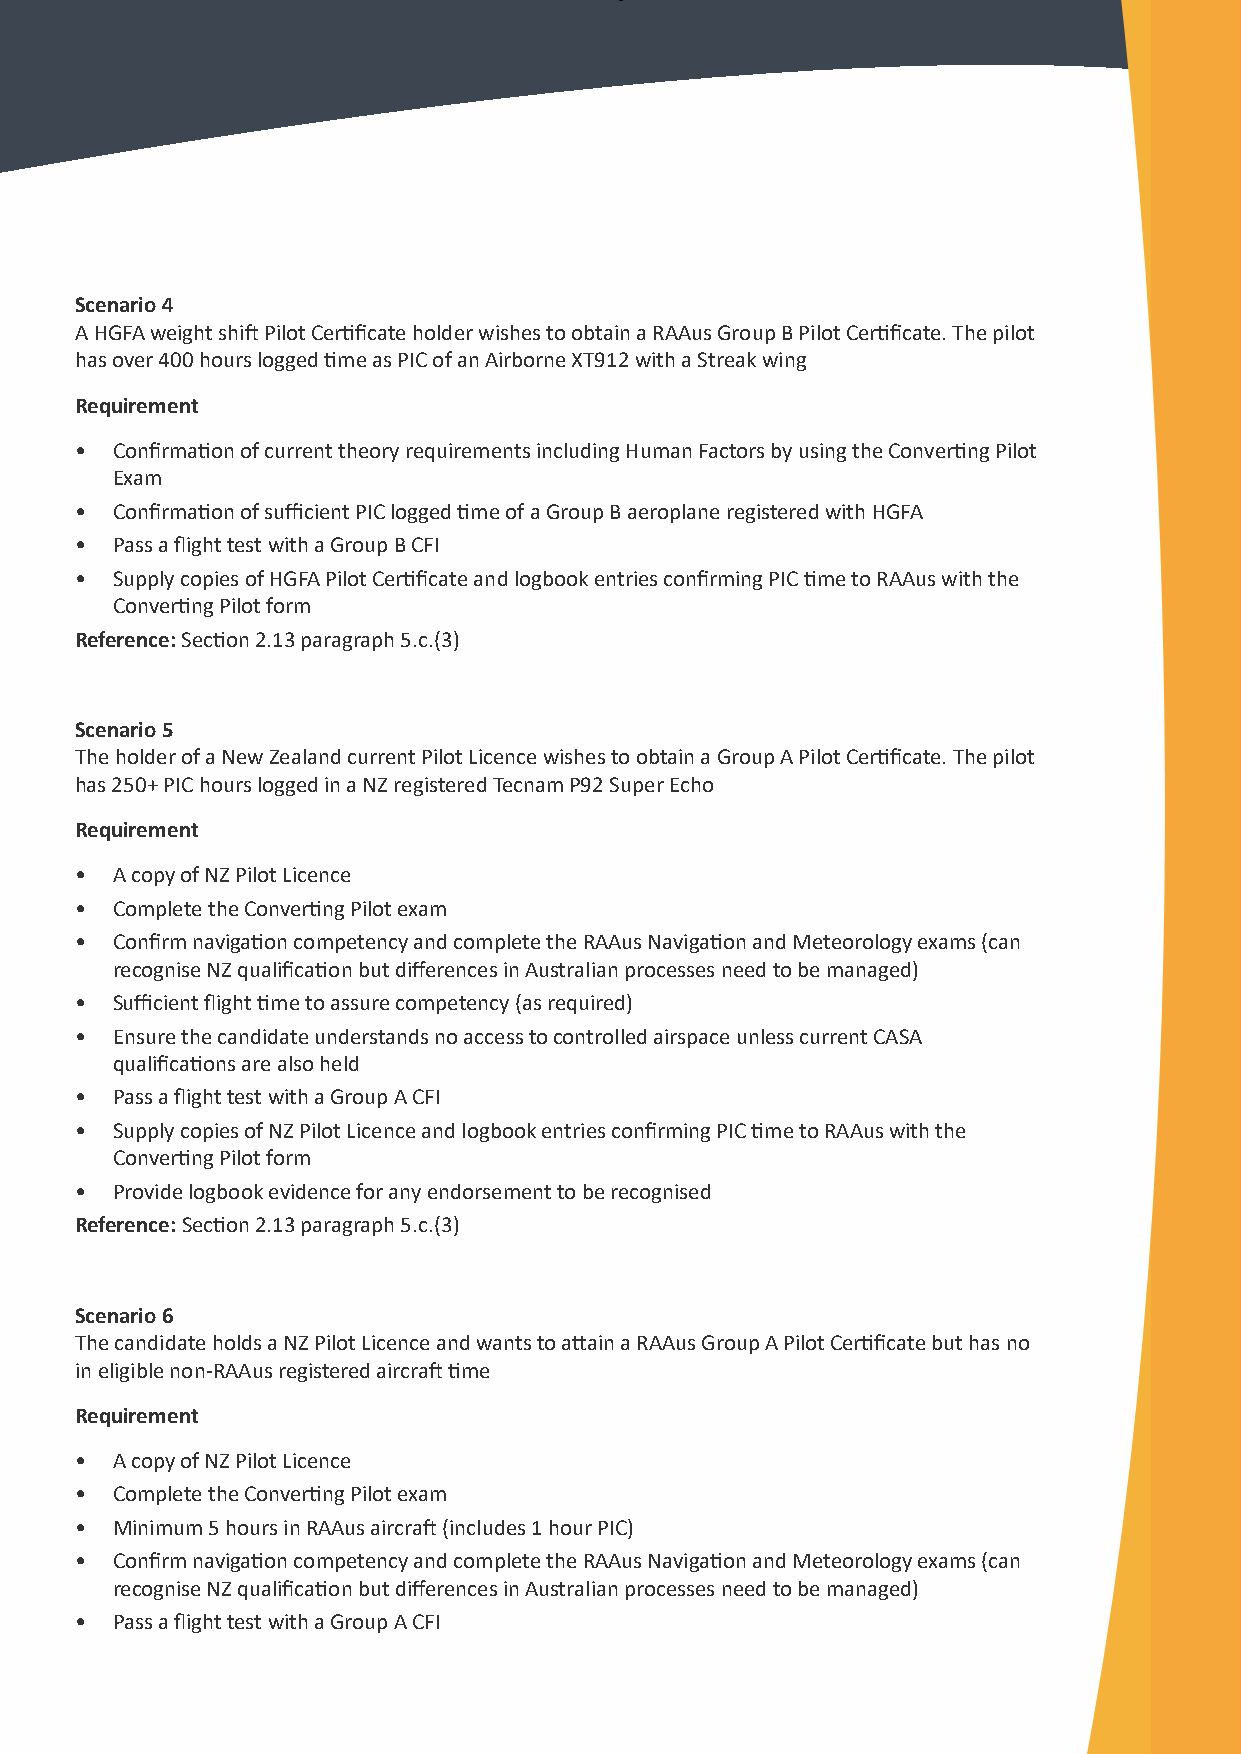
Scenario 4
 A HGFA weight shift Pilot Certificate holder wishes to obtain a RAAus Group B Pilot Certificate. The pilot
 has over 400 hours logged time as PIC of an Airborne XT912 with a Streak wing
 Requirement
 • Confirmation of current theory requirements including Human Factors by using the Converting Pilot
 Exam
 • Confirmation of sufficient PIC logged time of a Group B aeroplane registered with HGFA
 • Pass a flight test with a Group B CFI
 • Supply copies of HGFA Pilot Certificate and logbook entries confirming PIC time to RAAus with the
 Converting Pilot form
 Reference: Section 2.13 paragraph 5.c.(3)
 Scenario 5
 The holder of a New Zealand current Pilot Licence wishes to obtain a Group A Pilot Certificate. The pilot
 has 250+ PIC hours logged in a NZ registered Tecnam P92 Super Echo
 Requirement
 • A copy of NZ Pilot Licence
 • Complete the Converting Pilot exam
 • Confirm navigation competency and complete the RAAus Navigation and Meteorology exams (can
 recognise NZ qualification but differences in Australian processes need to be managed)
 • Sufficient flight time to assure competency (as required)
 • Ensure the candidate understands no access to controlled airspace unless current CASA
 qualifications are also held
 • Pass a flight test with a Group A CFI
 • Supply copies of NZ Pilot Licence and logbook entries confirming PIC time to RAAus with the
 Converting Pilot form
 • Provide logbook evidence for any endorsement to be recognised
 Reference: Section 2.13 paragraph 5.c.(3)
 Scenario 6
 The candidate holds a NZ Pilot Licence and wants to attain a RAAus Group A Pilot Certificate but has no
 in eligible non-RAAus registered aircraft time
 Requirement
 • A copy of NZ Pilot Licence
 • Complete the Converting Pilot exam
 • Minimum 5 hours in RAAus aircraft (includes 1 hour PIC)
 • Confirm navigation competency and complete the RAAus Navigation and Meteorology exams (can
 recognise NZ qualification but differences in Australian processes need to be managed)
 • Pass a flight test with a Group A CFI
 3